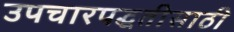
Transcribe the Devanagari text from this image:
उपचारपद्धतीसाठी